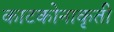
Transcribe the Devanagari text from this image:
काटकोनाकृती